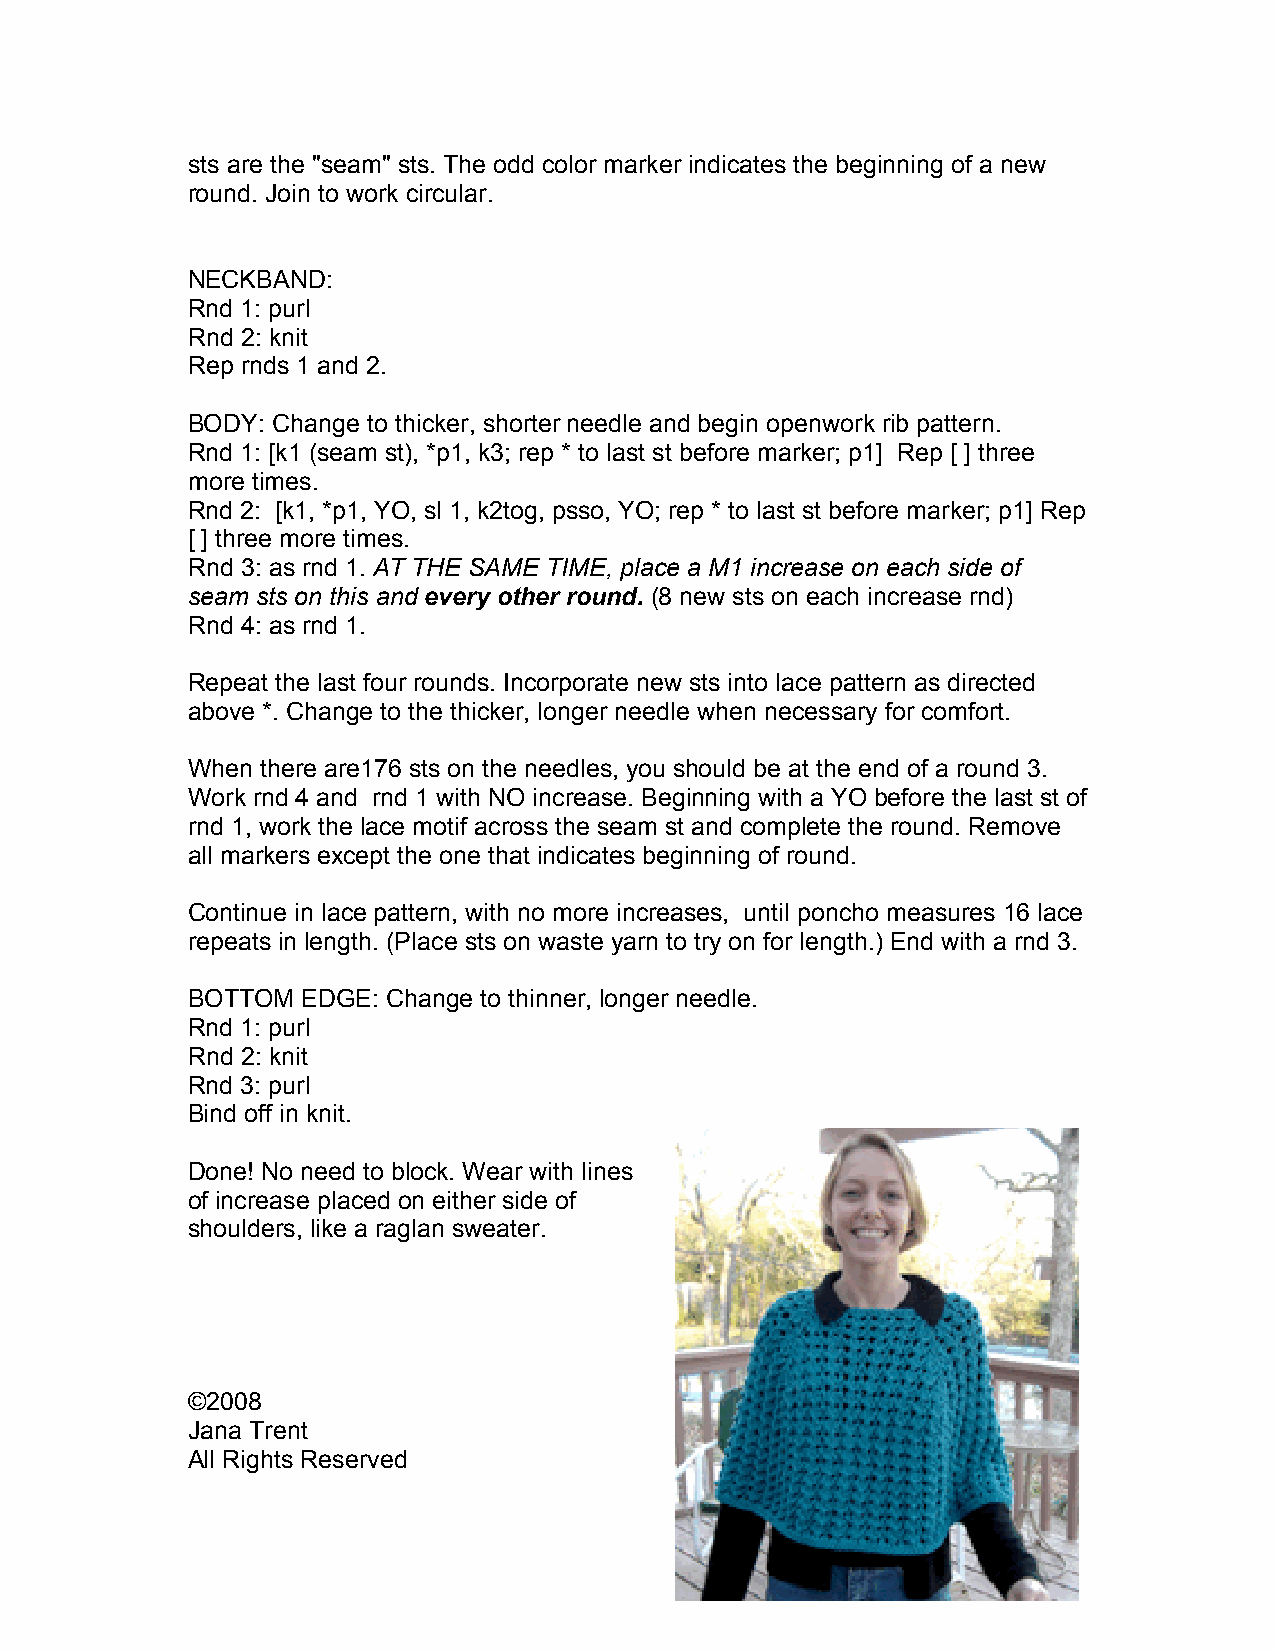
sts are the "seam" sts. The odd color marker indicates the beginning of a new
 round. Join to work circular.
 NECKBAND:
 Rnd 1: purl
 Rnd 2: knit
 Rep rnds 1 and 2.
 BODY: Change to thicker, shorter needle and begin openwork rib pattern.
 Rnd 1: [k1 (seam st), *p1, k3; rep * to last st before marker; p1] Rep [ ] three
 more times.
 Rnd 2: [k1, *p1, YO, sl 1, k2tog, psso, YO; rep * to last st before marker; p1] Rep
 [ ] three more times.
 Rnd 3: as rnd 1. AT THE SAME TIME, place a M1 increase on each side of
 seam sts on this and every other round. (8 new sts on each increase rnd)
 Rnd 4: as rnd 1.
 Repeat the last four rounds. Incorporate new sts into lace pattern as directed
 above *. Change to the thicker, longer needle when necessary for comfort.
 When there are176 sts on the needles, you should be at the end of a round 3.
 Work rnd 4 and rnd 1 with NO increase. Beginning with a YO before the last st of
 rnd 1, work the lace motif across the seam st and complete the round. Remove
 all markers except the one that indicates beginning of round.
 Continue in lace pattern, with no more increases, until poncho measures 16 lace
 repeats in length. (Place sts on waste yarn to try on for length.) End with a rnd 3.
 BOTTOM  EDGE: Change to thinner, longer needle.
 Rnd 1: purl
 Rnd 2: knit
 Rnd 3: purl
 Bind off in knit.
 Done! No need to block. Wear with lines
 of increase placed on either side of
 shoulders, like a raglan sweater.
 ©2008
 Jana Trent
 All Rights Reserved